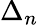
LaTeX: \Delta_{n}